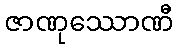
ဇာဏုဿောဏီ